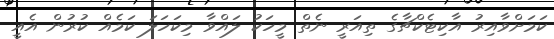
ކަމަށްވާއިރު އާކިޓެކްޗާގެ ތިއަރީ ނެތް މީހަކު ލައްވާ މިކަހަލަ ކަމެއް ކުރުން އެއީ